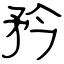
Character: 矜